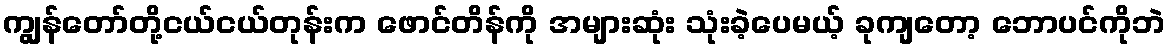
ကျွန်တော်တို့ငယ်ငယ်တုန်းက ဖောင်တိန်ကို အများဆုံး သုံးခဲ့ပေမယ့် ခုကျတော့ ဘောပင်ကိုဘဲ